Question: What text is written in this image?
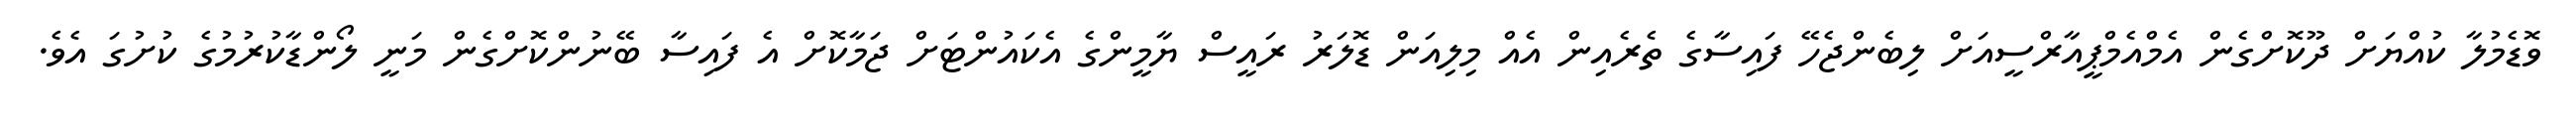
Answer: ވޮޑެމުލާ ކުއްޔަށް ދޫކޮށްގެން އެމްއެމްޕީއާރްސީއަށް ލިބެންޖެހޭ ފައިސާގެ ތެރެއިން އެއް މިލިއަން ޑޮލަރު ރައީސް ޔާމީންގެ އެކައުންޓަށް ޖަމާކޮށް އެ ފައިސާ ބޭނުންކޮށްގެން މަނީ ލޯންޑާކުރުމުގެ ކުށުގަ އެވެ.